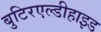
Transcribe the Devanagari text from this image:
बुटिरएल्डीहाइड